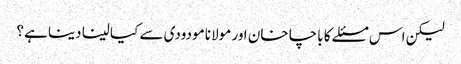
لیکن اس مسئلے کا باچا خان اور مولانا مودودی سے کیا لینا دینا ہے؟